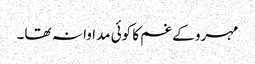
مہرو کے غم کا کوئی مداوا نہ تھا۔